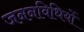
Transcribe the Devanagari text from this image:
जननविधियों